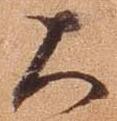
大